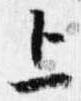
上